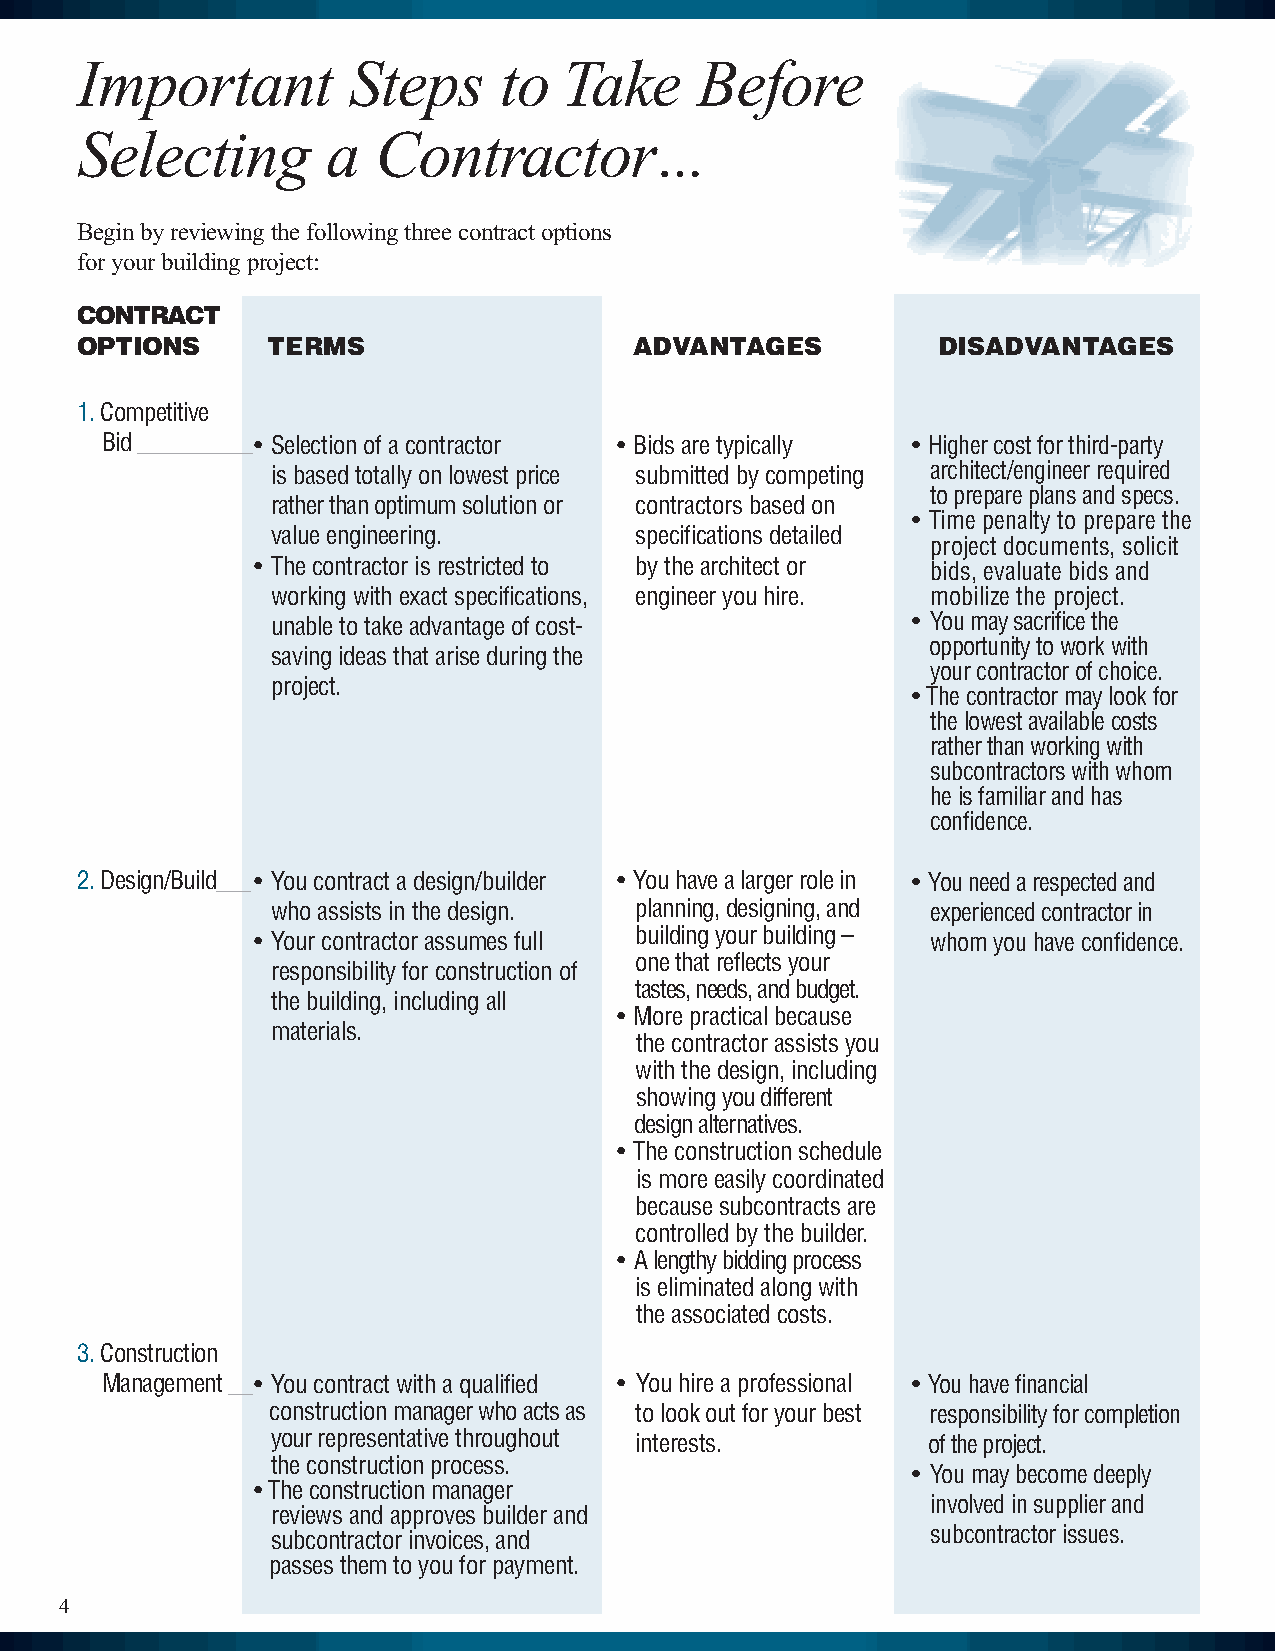
Important         Steps     to  Take     Before
 Selecting        a  Contractor...
 Beginbyreviewingthefollowingthreecontractoptions
 foryourbuildingproject:
 CONTRACT
 OPTIONS      TERMS                   ADVANTAGES          DISADVANTAGES
 1.Competitive
 Bid__________• Selectionofacontractor • Bidsaretypically • Highercostforthird-party
 isbasedtotallyonlowestprice submittedbycompeting architect/engineerrequired
 toprepareplansandspecs.
 ratherthanoptimumsolutionor contractorsbasedon
 • Time penalty to prepare the
 valueengineering.       specificationsdetailed
 project documents, solicit
 • Thecontractorisrestrictedto bythearchitector bids, evaluate bids and
 workingwithexactspecifications, engineeryouhire. mobilize the project.
 unabletotakeadvantageofcost-              • Youmaysacrificethe
 opportunitytoworkwith
 savingideasthatariseduringthe
 yourcontractorofchoice.
 project.
 • Thecontractormaylookfor
 thelowestavailablecosts
 ratherthanworkingwith
 subcontractorswithwhom
 heisfamiliarandhas
 confidence.
 2.Design/Build___• Youcontractadesign/builder • Youhavealargerrolein • Youneedarespectedand
 whoassistsinthedesign.  planning,designing,and experiencedcontractorin
 buildingyourbuilding–
 • Yourcontractorassumesfull                  whomyouhaveconfidence.
 onethatreflectsyour
 responsibilityforconstructionof
 tastes,needs,andbudget.
 thebuilding,includingall
 • Morepracticalbecause
 materials.
 thecontractorassistsyou
 withthedesign,including
 showingyoudifferent
 designalternatives.
 • Theconstructionschedule
 ismoreeasilycoordinated
 becausesubcontractsare
 controlledbythebuilder.
 • Alengthybiddingprocess
 iseliminatedalongwith
 theassociatedcosts.
 3.Construction
 Management__• Youcontractwithaqualified • Youhireaprofessional • Youhavefinancial
 constructionmanagerwhoactsas tolookoutforyourbest responsibilityforcompletion
 yourrepresentativethroughout interests.    oftheproject.
 theconstructionprocess.
 • Youmaybecomedeeply
 •Theconstructionmanager
 involvedinsupplierand
 reviewsandapprovesbuilderand
 subcontractorissues.
 subcontractorinvoices,and
 passesthemtoyouforpayment.
 4